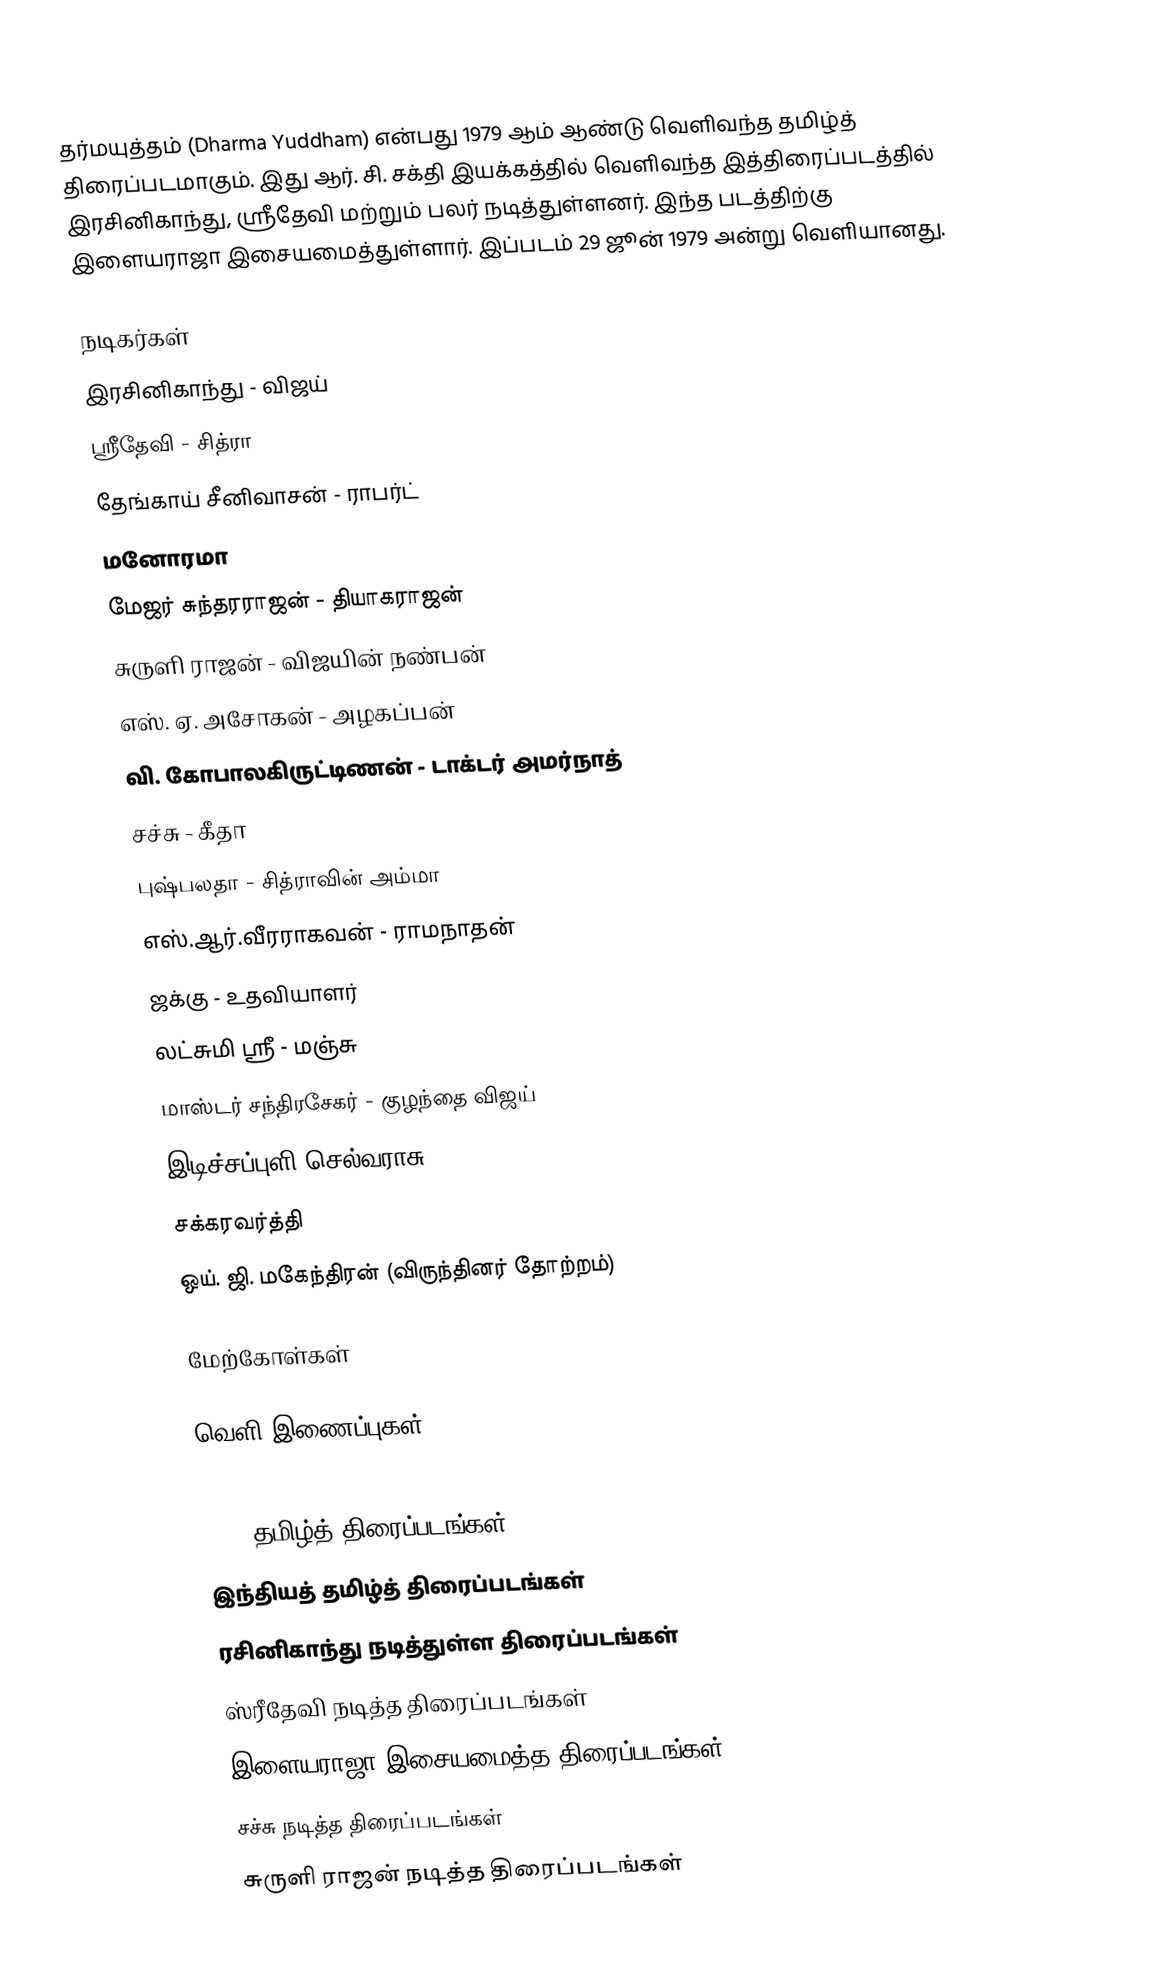
தர்மயுத்தம் (Dharma Yuddham) என்பது 1979 ஆம் ஆண்டு வெளிவந்த தமிழ்த் திரைப்படமாகும். இது ஆர். சி. சக்தி இயக்கத்தில் வெளிவந்த இத்திரைப்படத்தில் இரசினிகாந்து, ஸ்ரீதேவி மற்றும் பலர் நடித்துள்ளனர். இந்த படத்திற்கு இளையராஜா இசையமைத்துள்ளார். இப்படம் 29 ஜூன் 1979 அன்று வெளியானது.

நடிகர்கள்
 இரசினிகாந்து - விஜய்
 ஸ்ரீதேவி - சித்ரா
 தேங்காய் சீனிவாசன் - ராபர்ட்
 மனோரமா
 மேஜர் சுந்தரராஜன் - தியாகராஜன்
 சுருளி ராஜன் - விஜயின் நண்பன்
 எஸ். ஏ. அசோகன் - அழகப்பன்
 வி. கோபாலகிருட்டிணன் - டாக்டர் அமர்நாத்
 சச்சு - கீதா
 புஷ்பலதா - சித்ராவின் அம்மா
 எஸ்.ஆர்.வீரராகவன் - ராமநாதன்
 ஜக்கு - உதவியாளர்
 லட்சுமி ஸ்ரீ - மஞ்சு
 மாஸ்டர் சந்திரசேகர் - குழந்தை விஜய்
 இடிச்சப்புளி செல்வராசு
 சக்கரவர்த்தி
 ஒய். ஜி. மகேந்திரன் (விருந்தினர் தோற்றம்)

மேற்கோள்கள்

வெளி இணைப்புகள்

1979 தமிழ்த் திரைப்படங்கள்
இந்தியத் தமிழ்த் திரைப்படங்கள்
ரசினிகாந்து நடித்துள்ள திரைப்படங்கள்
ஸ்ரீதேவி நடித்த திரைப்படங்கள்
இளையராஜா இசையமைத்த திரைப்படங்கள்
சச்சு நடித்த திரைப்படங்கள்
சுருளி ராஜன் நடித்த திரைப்படங்கள்